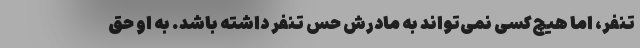
تنفر، اما هیچ‌کسی نمی‌تواند به مادرش حس تنفر داشته باشد. به او حق